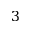
3